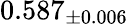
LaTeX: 0.587_{\pm 0.006}